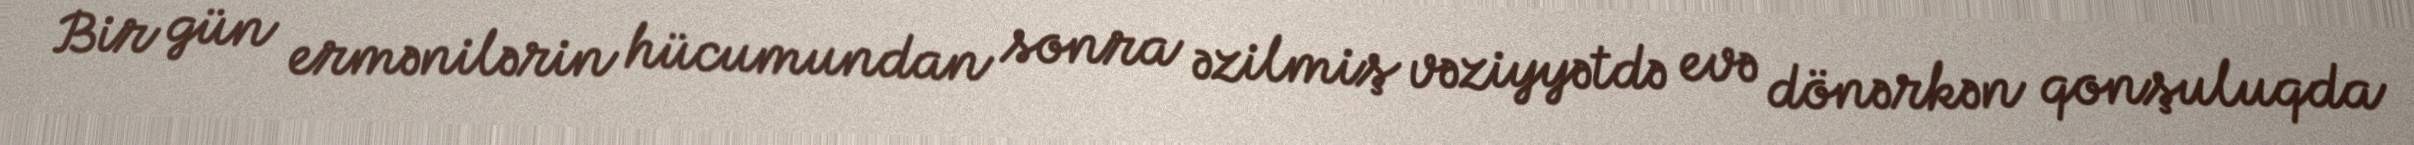
Bir gün ermənilərin hücumundan sonra əzilmiş vəziyyətdə evə dönərkən qonşuluqda